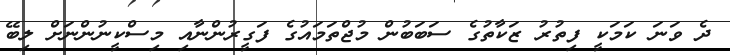
ދެ ވަނަ ކަމަކީ ފިތުރު ޒަކާތުގެ ސަބަބުން މުޖްތަމައުގެ ފަގީރުންނާއި މިސްކީނުންނަށް ލިބޭ